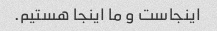
اینجاست و ما اینجا هستیم.